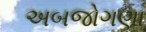
અબજોગણા